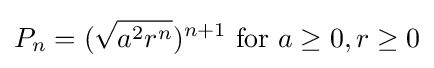
P_{n}=({\sqrt {a^{2}r^{n}}})^{n+1}{\text{ for }}a\geq 0,r\geq 0